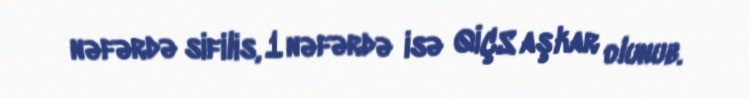
nəfərdə sifilis, 1 nəfərdə isə QİÇS aşkar olunub.